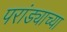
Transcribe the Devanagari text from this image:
परांड्याच्या